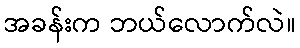
အခန်းက ဘယ်လောက်လဲ။